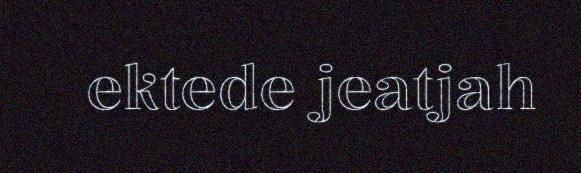
ektede jeatjah